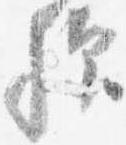
歟